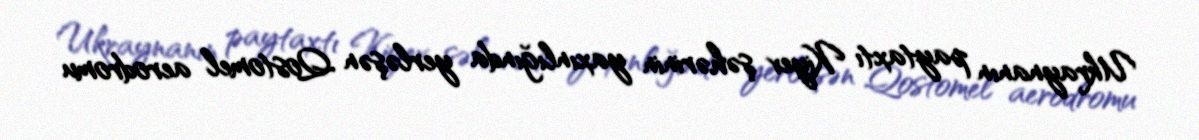
Ukraynanın paytaxtı Kiyev şəhərinin yaxınlığında yerləşən Qostomel aerodromu